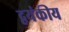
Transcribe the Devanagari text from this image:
द्वयंकीय